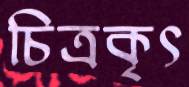
চিত্রকৃৎ